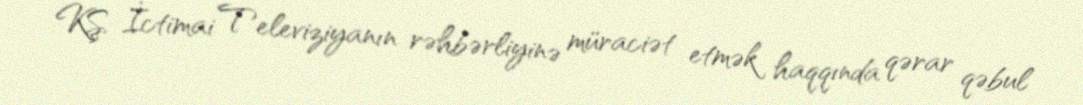
KŞ İctimai Televiziyanın rəhbərliyinə müraciət etmək haqqında qərar qəbul